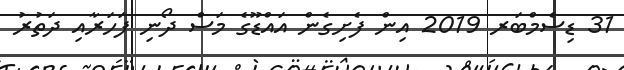
31 ޑިސެމްބަރ 2019 އިން ފެށިގެން އައްޑޫގެ މަސް ދޯނި ފަހަރާއި ދަތުރު